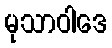
မုသာဝါဒေ